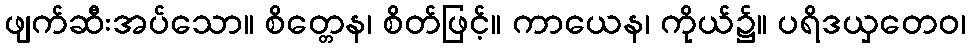
ဖျက်ဆီးအပ်သော။ စိတ္တေန၊ စိတ်ဖြင့်။ ကာယေန၊ ကိုယ်၌။ ပရိဒယှတေဝ၊